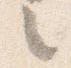
々